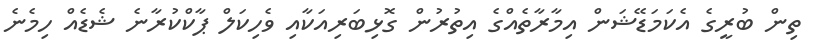
ތިން ބުރީގެ އެކަމަޑޭޝަން އިމާރާތެއްގެ އިތުރުން ގޮޅިބަރިއަކާއި ވެހިކަލް ޕާކްކުރާނެ ޝެޑެއް ހިމެނެ